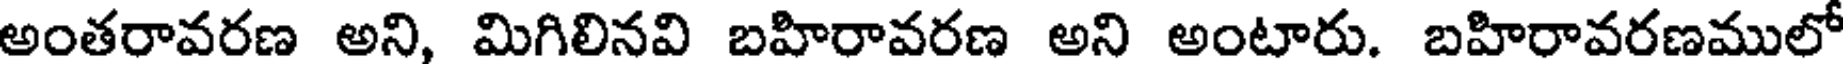
అంతరావరణ అని, మిగిలినవి బహిరావరణ అని అంటారు. బహిరావరణములో